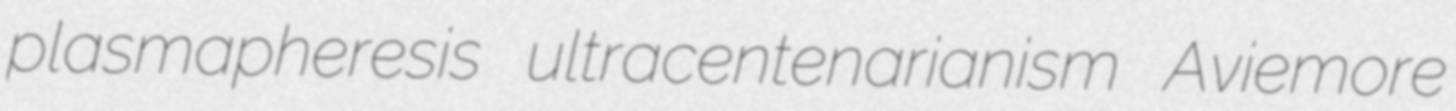
plasmapheresis ultracentenarianism Aviemore